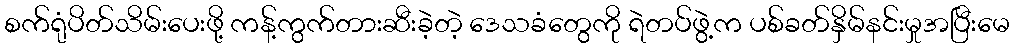
စက်ရုံပိတ်သိမ်းပေးဖို့ ကန့်ကွက်တားဆီးခဲ့တဲ့ ဒေသခံတွေကို ရဲတပ်ဖွဲ့က ပစ်ခတ်နှိမ်နင်းမှုအပြီးမေ